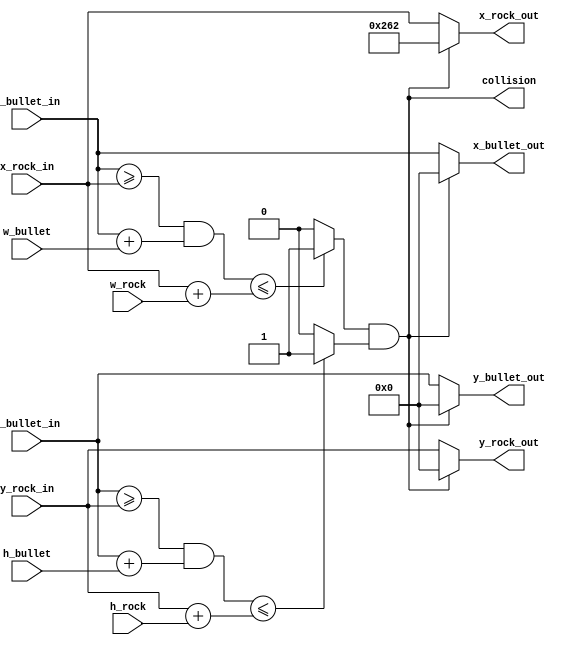
module collision(x_bullet_in, y_bullet_in, x_rock_in, y_rock_in,
					  h_bullet, w_bullet, h_rock, w_rock,
					  x_bullet_out, y_bullet_out, x_rock_out, y_rock_out,
					  collision

);
	input [18:0] x_bullet_in, y_bullet_in, x_rock_in, y_rock_in, 
	h_bullet, w_bullet, h_rock, w_rock;
	output [18:0] x_bullet_out, y_bullet_out, x_rock_out, y_rock_out;
	output collision;
	
	reg x_col, y_col;
	initial begin 
		x_col = 1'b0;
		y_col = 1'b0;
	end
	
	always begin
		if (((x_bullet_in >= x_rock_in) && (x_bullet_in + w_bullet)) <= (x_rock_in + w_rock)) begin
			x_col <= 1'b1;
		end
		else begin
				x_col <= 1'b0;
		end
		if (((y_bullet_in >= y_rock_in) && (y_bullet_in + h_bullet)) <= (y_rock_in + h_rock)) begin
			y_col <= 1'b1;
		end
		else begin
			y_col <= 1'b0;
		end
	end

	assign collision = x_col && y_col;
	
	assign x_bullet_out = collision ? 19'd0 : x_bullet_in;
	assign y_bullet_out = collision ? 19'd0 : y_bullet_in;
	assign x_rock_out = collision ? 19'd610 : x_rock_in;
	assign y_rock_out = collision ? 19'd0 : y_rock_in; 

endmodule